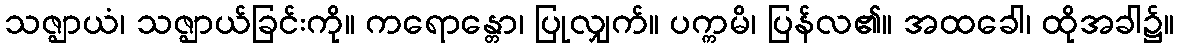
သဇ္ဈာယံ၊ သဇ္ဈာယ်ခြင်းကို။ ကရောန္တော၊ ပြုလျှက်။ ပက္ကမိ၊ ပြန်လ၏။ အထခေါ၊ ထိုအခါ၌။